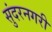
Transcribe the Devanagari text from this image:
सुंदरनगरी